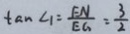
\tan \angle 1 = \frac { E N } { E G } = \frac { 3 } { 2 }